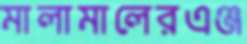
মালামালেরএঞ্জ